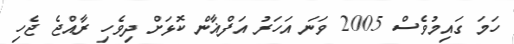
ހަމަ ގައިމުވެސް 2005 ވަނަ އަހަރު އަފްޣާން ކޮޅަށް ދިވެހި ރާއްޖެ ޖެހި